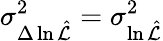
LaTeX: \sigma_{\Delta\ln\hat{\cal L}}^{2}=\sigma_{\ln\hat{\cal L}}^{2}